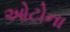
ઓટોના